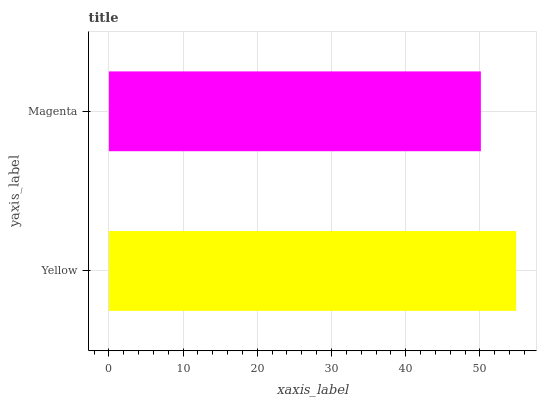
| yaxis_label | bars |
 | --- | --- |
 | Yellow | 54.9 |
 | Magenta | 50.1 |